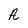
Character: A